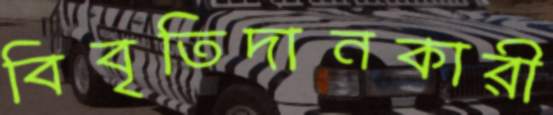
বিবৃতিদানকারী